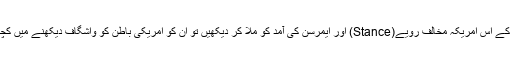
اگر مسٹر کرزئی کے اس امریکہ مخالف رویے(Stance) اور ایمرسن کی آمد کو ملا کر دیکھیں تو ان کو امریکی باطن کو واشگاف دیکھنے میں کچھ دقت نہیں ہوگی۔